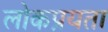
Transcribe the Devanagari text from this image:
लोकप्रयता